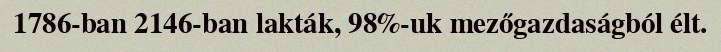
1786-ban 2146-ban lakták, 98%-uk mezőgazdaságból élt.